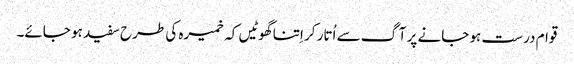
قوام درست ہو جانے پر آگ سے اُتار کر اِتنا گھوٹیں کہ خمیرہ کی طرح سفید ہو جائے۔